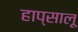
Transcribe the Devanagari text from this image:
हाप्सालू